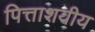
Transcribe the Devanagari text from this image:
पित्ताशयीय